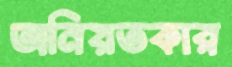
অনিয়তকার